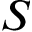
S